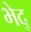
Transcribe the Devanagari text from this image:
भेद्